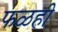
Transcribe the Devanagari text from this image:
फळही